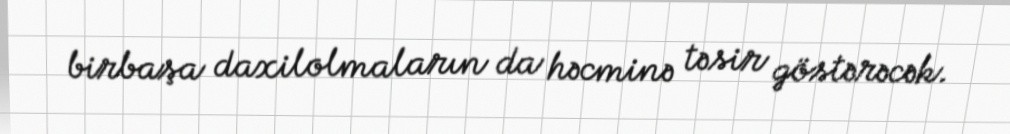
birbaşa daxilolmaların da həcminə təsir göstərəcək.